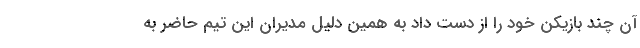
آن چند بازیکن خود را از دست داد به همین دلیل مدیران این تیم حاضر به